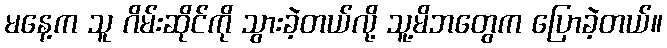
မနေ့က သူ ဂိမ်းဆိုင်ကို သွားခဲ့တယ်လို့ သူ့မိဘတွေက ပြောခဲ့တယ်။